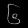
Digit: ၆